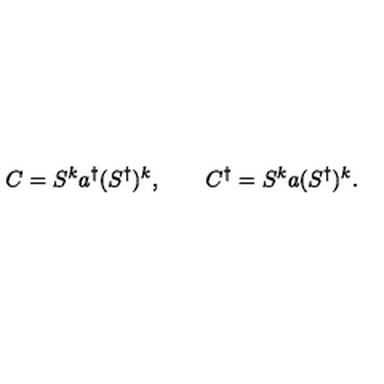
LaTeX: C = S ^ { k } a ^ { \dagger } ( S ^ { \dagger } ) ^ { k } , \qquad C ^ { \dagger } = S ^ { k } a ( S ^ { \dagger } ) ^ { k } .